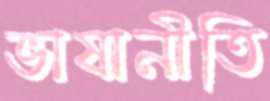
ভাষানীতি